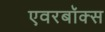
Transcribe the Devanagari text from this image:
एवरबॉक्स